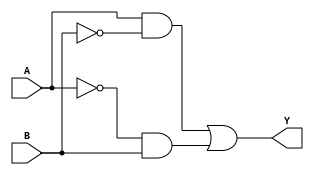
module xor_gate(
    input A,
    input B,
    output Y
);

wire inv_A, inv_B, and_out1, and_out2;

assign inv_A = ~A;
assign inv_B = ~B;
assign and_out1 = A & inv_B;
assign and_out2 = inv_A & B;
assign Y = and_out1 | and_out2;

endmodule